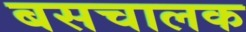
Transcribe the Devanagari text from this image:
बसचालक